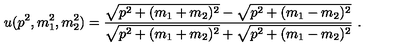
u ( p ^ { 2 } , m _ { 1 } ^ { 2 } , m _ { 2 } ^ { 2 } ) = \frac { \sqrt { p ^ { 2 } + ( m _ { 1 } + m _ { 2 } ) ^ { 2 } } - \sqrt { p ^ { 2 } + ( m _ { 1 } - m _ { 2 } ) ^ { 2 } } } { \sqrt { p ^ { 2 } + ( m _ { 1 } + m _ { 2 } ) ^ { 2 } } + \sqrt { p ^ { 2 } + ( m _ { 1 } - m _ { 2 } ) ^ { 2 } } } \ .